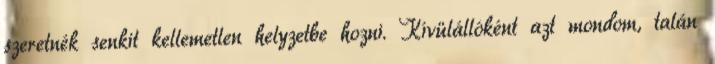
szeretnék senkit kellemetlen helyzetbe hozni. Kívülállóként azt mondom, talán